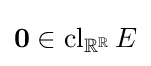
\mathbf {0} \in \operatorname {cl} _{\mathbb {R} ^{\mathbb {R} }}E